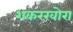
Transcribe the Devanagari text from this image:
शकरखोरा